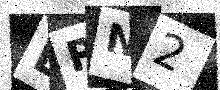
Text: ERN2